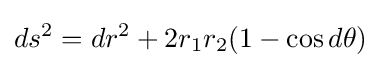
ds^{2}=dr^{2}+2r_{1}r_{2}(1-\cos d\theta )